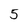
Character: 5